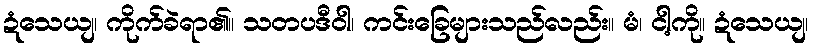
ဍံသေယျ၊ ကိုက်ခဲရာ၏။ သတပဒီဝါ၊ ကင်းခြေများသည်လည်း။ မံ၊ ငါ့ကို။ ဍံသေယျ၊